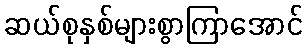
ဆယ်စုနှစ်များစွာကြာအောင်